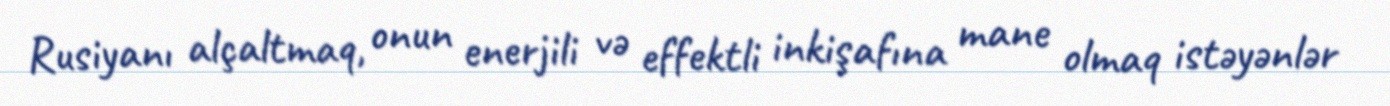
Rusiyanı alçaltmaq, onun enerjili və effektli inkişafına mane olmaq istəyənlər